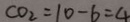
C O _ { 2 } = 1 0 - 6 = 4